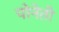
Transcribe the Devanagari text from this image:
पोनेती